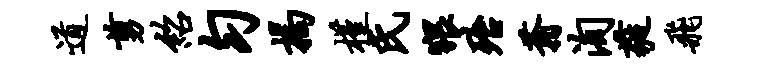
道剪绍匀揭槿氏猥殆蓊洵蕤飞